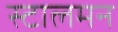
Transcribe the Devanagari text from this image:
स्टालमन